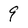
Character: 9